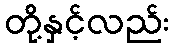
တို့နှင့်လည်း